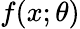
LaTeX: f(x;\theta)